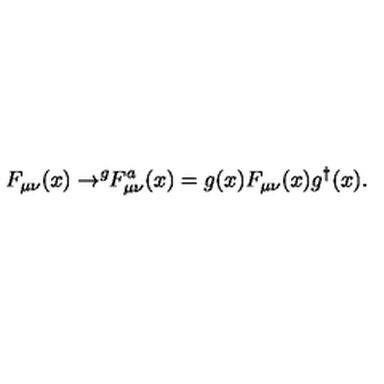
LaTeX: F _ { \mu \nu } ( x ) \rightarrow ^ { g } \! \! F _ { \mu \nu } ^ { a } ( x ) = g ( x ) F _ { \mu \nu } ( x ) g ^ { \dagger } ( x ) .